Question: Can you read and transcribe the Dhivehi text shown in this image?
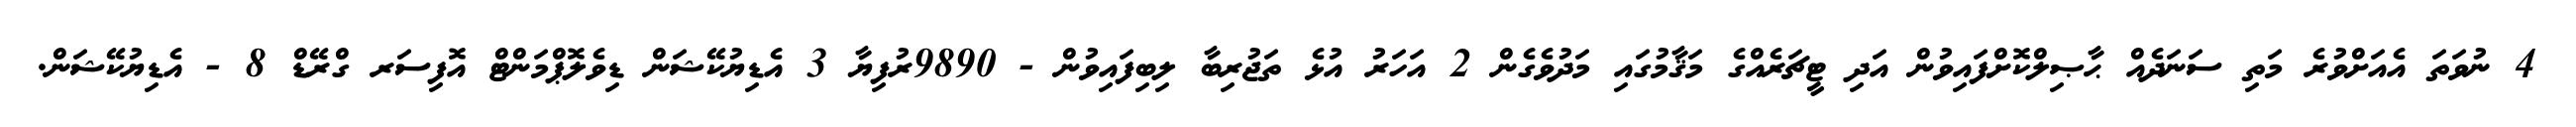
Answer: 4 ނުވަތަ އެއަށްވުރެ މަތި ސަނަދެއް ޙާޞިލްކޮށްފައިވުން އަދި ޓީޗަރެއްގެ މަޤާމުގައި މަދުވެގެން 2 އަހަރު އުޅެ ތަޖުރިބާ ލިބިފައިވުން - 9890ރުފިޔާ 3 އެޑިޔުކޭޝަން ޑިވެލޮޕްމަންޓް އޮފިސަރ ގްރޭޑް 8 - އެޑިޔުކޭޝަން.